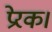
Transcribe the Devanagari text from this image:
प्रेरक।